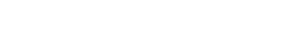
ဘယ်လိုပဲဖြစ်ဖြစ် အဲဒီ နေရာကို သွားသင့်တယ်။